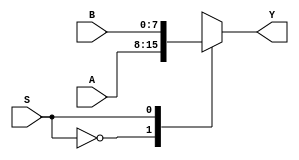
`timescale 1ns / 1ps

module mux2_8bit(
	 input [7:0] A,
    	 input [7:0] B,
    	 input S,
    	 output reg [7:0] Y);
	 
	always @ (A or B or S)
	    begin
	        case(S)
		    0:
		        begin
			    Y = A;
			end
		    1:
			begin
			    Y = B;
			end
		endcase
	    end
endmodule